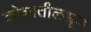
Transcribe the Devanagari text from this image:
कोशातीलभ्रूण